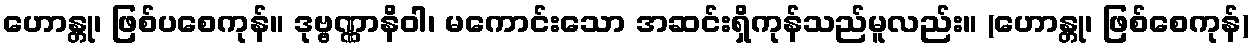
ဟောန္တု၊ ဖြစ်ပစေကုန်။ ဒုဗ္ဗဏ္ဏာနိဝါ၊ မကောင်းသော အဆင်းရှိကုန်သည်မူလည်း။ (ဟောန္တု၊ ဖြစ်စေကုန်)